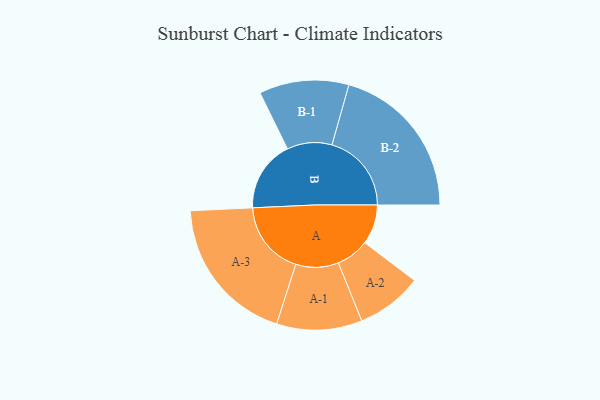
{"axis": {"x": "Segment", "y": "Value"}, "legend": ["", "A", "B"], "data": [{"x": "A", "y": 148, "type": ""}, {"x": "B", "y": 265, "type": ""}, {"x": "A-1", "y": 159, "type": "A"}, {"x": "A-2", "y": 123, "type": "A"}, {"x": "A-3", "y": 277, "type": "A"}, {"x": "B-1", "y": 167, "type": "B"}, {"x": "B-2", "y": 296, "type": "B"}]}